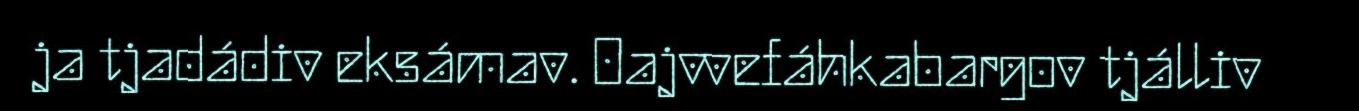
ja tjadádiv eksámav. Oajvvefáhkabargov tjálliv